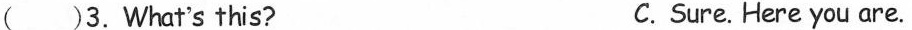
( )3.What's this? C. Sure. Here you are.